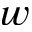
w